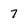
Character: 7